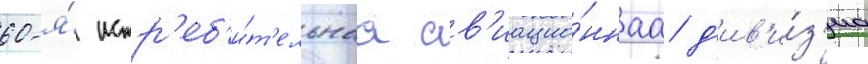
60-я́ истр'еб'и́т'ельнаа ав'иацио́ннаа д'ив'и́з'иа